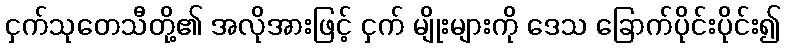
ငှက်သုတေသီတို့၏ အလိုအားဖြင့် ငှက် မျိုးများကို ဒေသ ခြောက်ပိုင်းပိုင်း၍